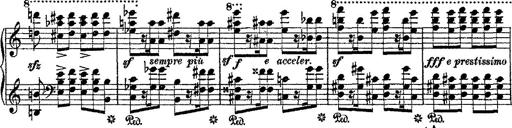
Title: Fantaisie romantique sur deux mÃ©lodies suisses
Composer: Franz Liszt